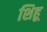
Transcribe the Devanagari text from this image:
शिहू